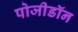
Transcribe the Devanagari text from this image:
पोजीडॉन